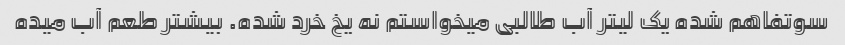
سوتفاهم شده یک لیتر آب طالبی میخواستم نه یخ خرد شده. بیشتر طعم آب میده